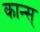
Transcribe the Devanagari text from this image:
कान्स्